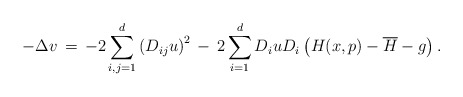
\begin{align*}-\Delta v \,&=\,-2\sum_{i,j=1}^d\left(D_{ij}u\right)^2\,-\,2\sum_{i=1}^dD_iuD_i\left(H(x,p)-\overline{H}-g\right).\end{align*}